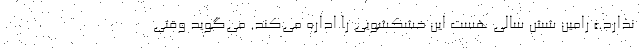
ندارد.» رامین شش سالی هست این خشکشویی را اداره می‌کند. می‌گوید وقتی